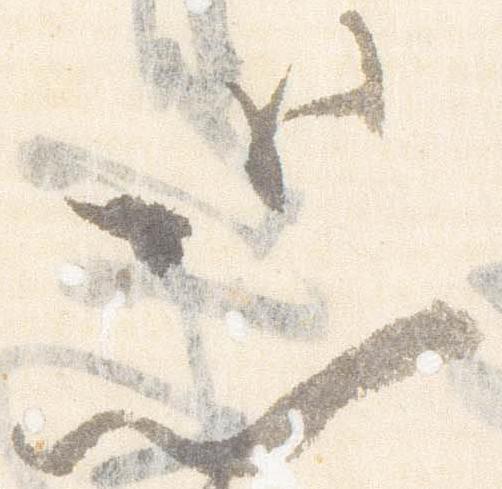
恐